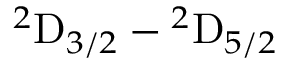
{ ^ { 2 } \mathrm { D } } _ { 3 / 2 } \ensuremath { - } { ^ { 2 } \mathrm { D } } _ { 5 / 2 }